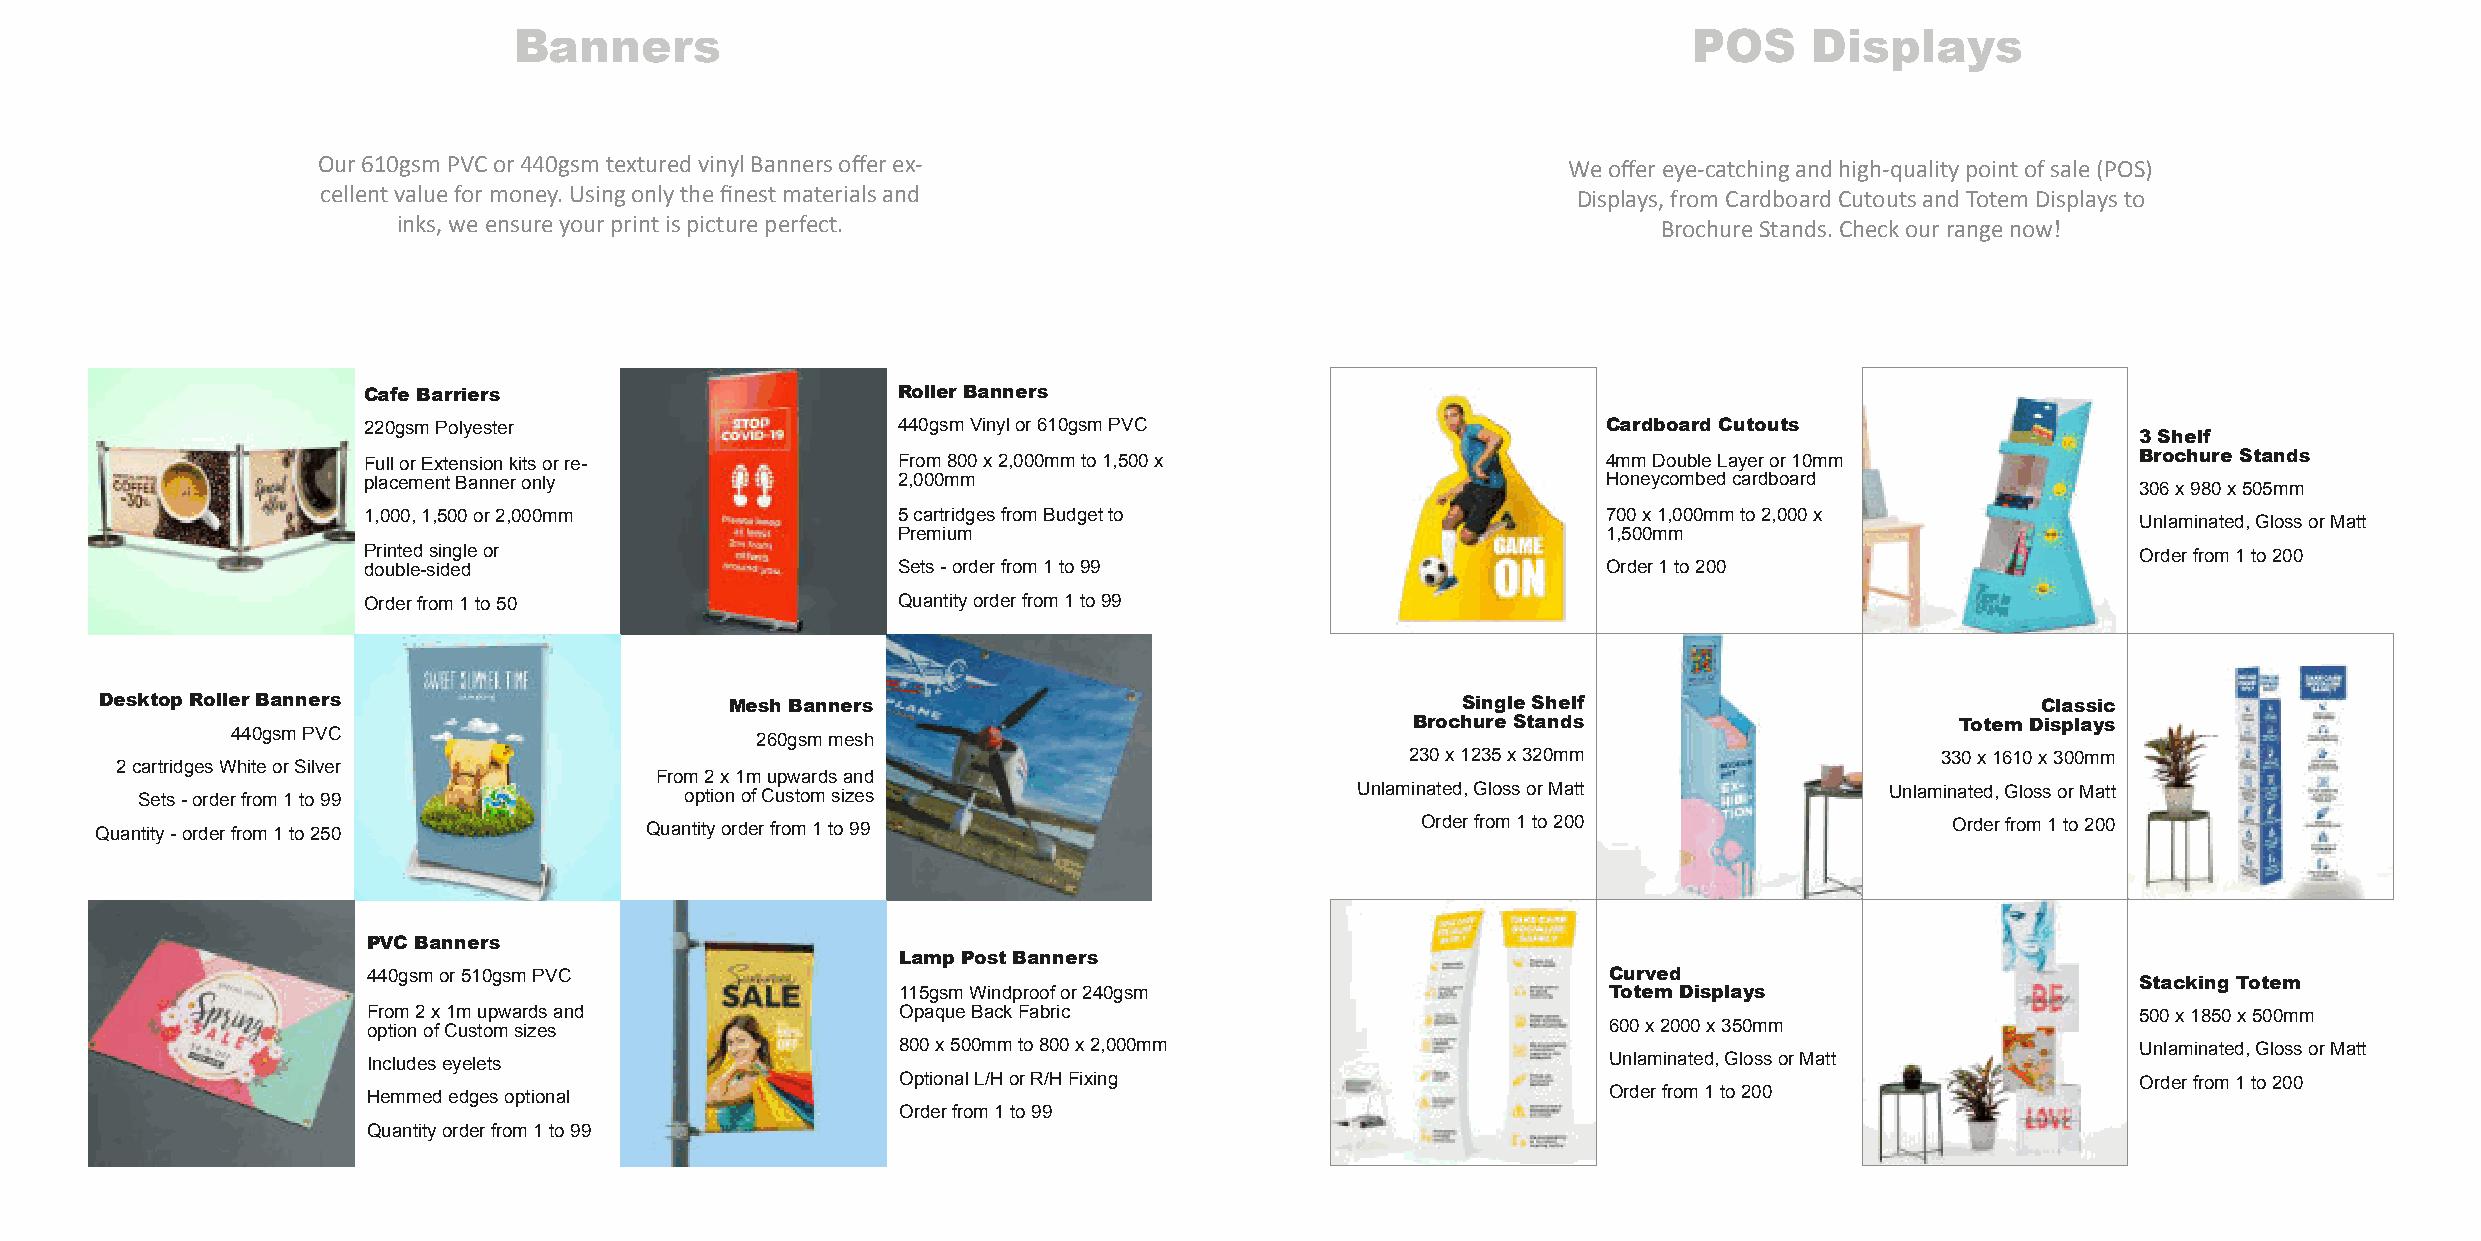
Banners                                                                       POS     Displays
 Our610gsmPVCor440gsmtexturedvinylBannersofferex-                                   Weoffereye-catchingandhigh-qualitypointofsale(POS)
 cellentvalueformoney.Usingonlythefinestmaterialsand                                Displays,fromCardboardCutoutsandTotemDisplaysto
 inks,weensureyourprintispictureperfect.                                             BrochureStands.Checkourrangenow!
 Cafe Barriers                      RollerBanners
 220gsmPolyester                    440gsmVinylor610gsmPVC                         Cardboard Cutouts
 3 Shelf
 FullorExtensionkitsorre-           From800x2,000mmto1,500x                        4mmDoubleLayeror10mm                Brochure Stands
 placementBanneronly                2,000mm                                        Honeycombedcardboard
 306x980x505mm
 1,000,1,500or2,000mm               5cartridgesfromBudgetto                        700x1,000mmto2,000x
 Unlaminated,GlossorMatt
 Premium                                        1,500mm
 Printedsingleor                                                                                                       Orderfrom1to200
 double-sided                       Sets-orderfrom1to99                            Order1to200
 Orderfrom1to50                     Quantityorderfrom1to99
 Desktop RollerBanners                    Mesh Banners                                     Single Shelf                          Classic
 Brochure Stands                     Totem Displays
 440gsmPVC                          260gsmmesh
 230x1235x320mm                     330x1610x300mm
 2cartridgesWhiteorSilver
 From2x1mupwardsand
 Sets-orderfrom1to99                 optionofCustomsizes                          Unlaminated,GlossorMatt            Unlaminated,GlossorMatt
 Quantity-orderfrom1to250             Quantityorderfrom1to99                             Orderfrom1to200                    Orderfrom1to200
 PVCBanners
 Lamp PostBanners
 440gsmor510gsmPVC                                                                 Curved                              Stacking Totem
 115gsmWindproofor240gsm                       Totem Displays
 From2x1mupwardsand                  OpaqueBackFabric                                                                  500x1850x500mm
 optionofCustomsizes                                                               600x2000x350mm
 800x500mmto800x2,000mm                                                            Unlaminated,GlossorMatt
 Includeseyelets                                                                   Unlaminated,GlossorMatt
 OptionalL/HorR/HFixing                                                            Orderfrom1to200
 Hemmededgesoptional                                                               Orderfrom1to200
 Orderfrom1to99
 Quantityorderfrom1to99